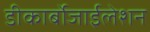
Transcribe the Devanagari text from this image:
डीकार्बोजाईलेशन